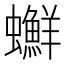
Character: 𧕇